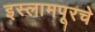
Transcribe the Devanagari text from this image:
इस्लामपूरचे